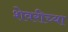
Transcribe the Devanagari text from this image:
शेवरीच्या